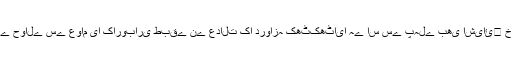
یہ پہلا موقع نہیں ہے کہ موجودہ حکومت کے دور میں زندگی کی بنیادی ضروریات کے حوالے سے عوام یا کاروباری طبقے نے عدالت کا دروازہ کھٹکھٹایا ہے اس سے پہلے بھی اشیائ￿ خوردونوش کی قیمتوں میں بیپناہ اضافے سے تنگ عوام نے عدالت سے رجوع کیا ہے۔